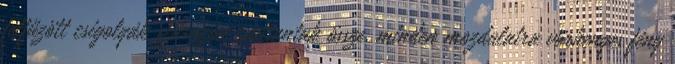
felfűzött csigolyák szárazon csattantak össze, minden mozdulatra vörhenyes fény